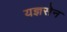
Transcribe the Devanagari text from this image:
यज्ञसेन